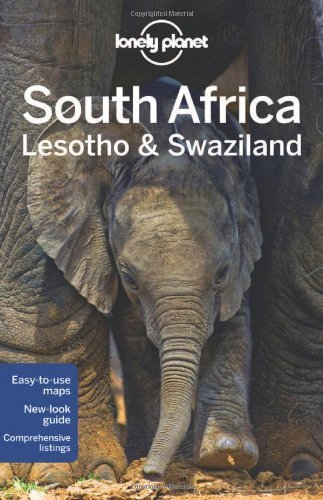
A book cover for Lonely Planet South Africa, Lesotho & Swaziland (Travel Guide) by Lonely Planet, Bainbridge, Armstrong, Corne, Grosberg, Murph (2012) Paperback; Travel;